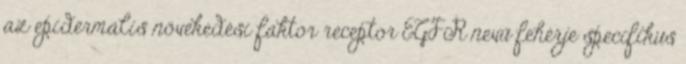
az epidermális növekedési faktor receptor EGFR nevű fehérje specifikus